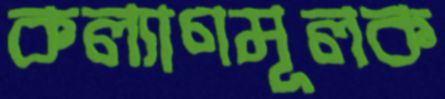
কল্যাণমূলক